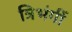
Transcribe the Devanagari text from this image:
त्रिभंगीं